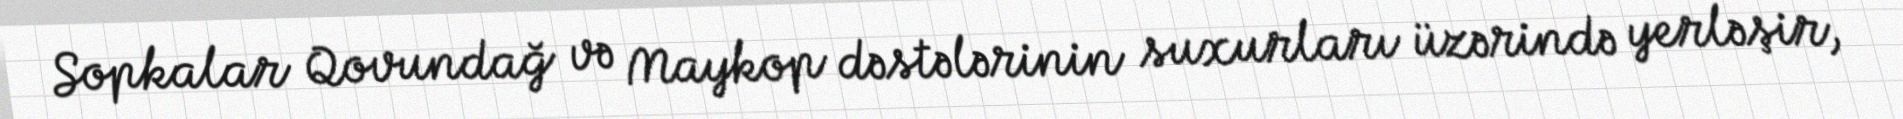
Sopkalar Qovundağ və Maykop dəstələrinin suxurları üzərində yerləşir,